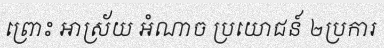
ព្រោះ អាស្រ័យ អំណាច ប្រយោជន៍ ២ប្រការ